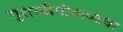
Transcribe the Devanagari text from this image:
गुराखीपीठाच्यावर